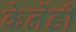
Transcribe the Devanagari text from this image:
केनेंडी